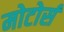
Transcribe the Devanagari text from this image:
मोटोर्स